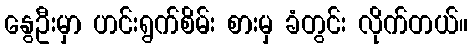
နွေဦးမှာ ဟင်းရွက်စိမ်း စားမှ ခံတွင်း လိုက်တယ်။